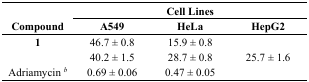
<table><thead><tr><td>[EMPTY_CELL]</td><td colspan="3"><b>Cell Lines</b></td></tr><tr><td><b>Compound</b></td><td><b>A549</b></td><td><b>HeLa</b></td><td><b>HepG2</b></td></tr></thead><tbody><tr><td><b>1</b></td><td>46.7 ± 0.8</td><td>15.9 ± 0.8</td><td>[EMPTY_CELL]</td></tr><tr><td>[EMPTY_CELL]</td><td>40.2 ± 1.5</td><td>28.7 ± 0.8</td><td>25.7 ± 1.6</td></tr><tr><td>Adriamycin <i><sup>b</sup></i></td><td>0.69 ± 0.06</td><td>0.47 ± 0.05</td><td>[EMPTY_CELL]</td></tr></tbody></table>